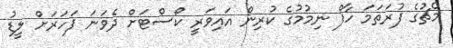
މެޗުގެ ފުރަތަމަ ހާފް ނިމުމުގެ ކުރިން އައިވަރީ ކޯސްޓަށް ދެވަނަ ފަހަރަށް ލީޑު